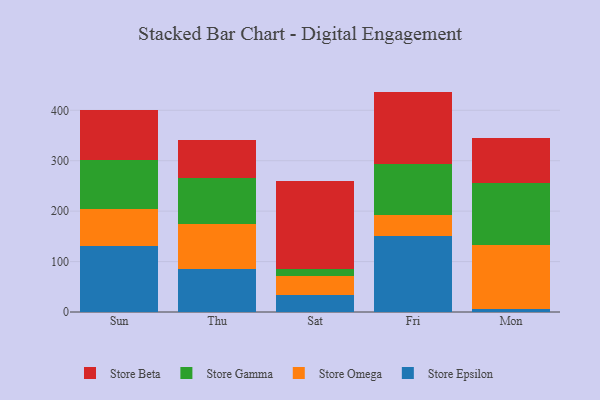
{"axis": {"x": "Day", "y": "Humidity (%)"}, "legend": ["Store Beta", "Store Epsilon", "Store Gamma", "Store Omega"], "data": [{"x": "Sun", "y": 130.2, "type": "Store Epsilon"}, {"x": "Sun", "y": 74.4, "type": "Store Omega"}, {"x": "Sun", "y": 96.3, "type": "Store Gamma"}, {"x": "Sun", "y": 99.6, "type": "Store Beta"}, {"x": "Thu", "y": 84.9, "type": "Store Epsilon"}, {"x": "Thu", "y": 90.3, "type": "Store Omega"}, {"x": "Thu", "y": 90.7, "type": "Store Gamma"}, {"x": "Thu", "y": 75.9, "type": "Store Beta"}, {"x": "Sat", "y": 33.9, "type": "Store Epsilon"}, {"x": "Sat", "y": 38.3, "type": "Store Omega"}, {"x": "Sat", "y": 12.1, "type": "Store Gamma"}, {"x": "Sat", "y": 176.0, "type": "Store Beta"}, {"x": "Fri", "y": 150.6, "type": "Store Epsilon"}, {"x": "Fri", "y": 40.9, "type": "Store Omega"}, {"x": "Fri", "y": 102.5, "type": "Store Gamma"}, {"x": "Fri", "y": 143.1, "type": "Store Beta"}, {"x": "Mon", "y": 5.4, "type": "Store Epsilon"}, {"x": "Mon", "y": 127.8, "type": "Store Omega"}, {"x": "Mon", "y": 122.9, "type": "Store Gamma"}, {"x": "Mon", "y": 89.1, "type": "Store Beta"}]}